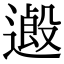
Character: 𨖏